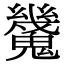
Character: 𩴪